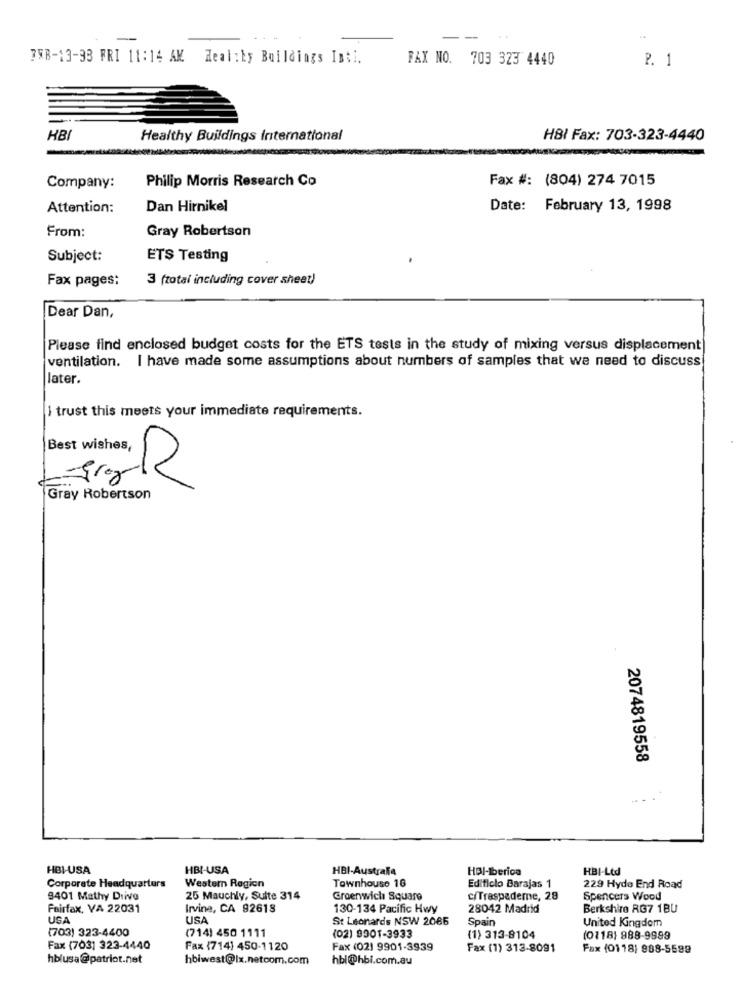
--
7FB-13-33 FRI 11:14 AM Real:Ey Buildings Inti.
FAX NO. 703 323 4440
P. 1
HBI
Healthy Buildings International
HBI Fax: 703-323-4440
Philip Morris Research Co
Fax #: (804) 274 7015
Company:
Attention:
Dan Hirnikel
Date: February 13, 1998
From:
Gray Robertson
Subject:
ETS Testing
Fax pages:
3 (total including cover sheet)
Dear Dan,
Please find enclosed budget costs for the ETS tests in the study of mixing versus displacement
ventilation. I have made some assumptions about numbers of samples that we need to discuss
later.
I trust this meets your immediate requirements.
Best wishes,
Gray Robertson
2074819558
... .
HBI-USA
HBI-USA
HBI-Australia
HBI-Iberica
HBI-Ltd
Townhouse 16
Corporate Headquarters
Western Region
Edificio Barajas 1
229 Hyde End Road
9401 Mathy Drive
25 Mauchly, Suite 314
Greenwich Square
c/Trespademe, 28
Spencers Wood
Fairfax, VA 22031
Irvine, CA 92618
130-134 Pacific Hwy
28042 Madrid
Berkshire RG7 1BU
USA
USA
St Leonards NSW 2086
Spain
United Kingdom
(703) 323-4400
(714) 450 1111
(02) 9901-3933
(1) 313-8104
(0118) 988-9999
Fax (703] 323-4440
Fax (714) 450-1120
Fax (02) 9901-3939
Fax (1) 313-8091
Fax (0118) 988-5589
hblusa@patriot.net
hbiwest@lx.netcom.com
hbi@hbi.com.au